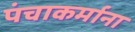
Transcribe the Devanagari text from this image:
पंचाकर्माना